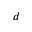
d